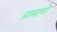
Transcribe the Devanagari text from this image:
प्रामाणे